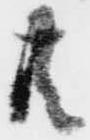
共